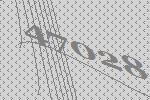
47028